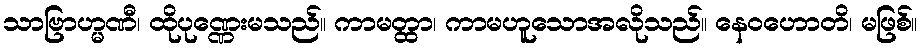
သာဗြာဟ္မဏီ၊ ထိုပုဏ္ဏေးမသည်။ ကာမတ္ထာ၊ ကာမဟူသောအလိုသည်။ နေဝဟောတိ၊ မဖြစ်။